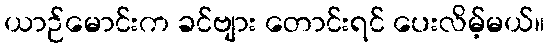
ယာဉ်မောင်းက ခင်ဗျား တောင်းရင် ပေးလိမ့်မယ်။